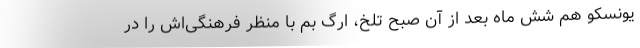
یونسکو هم شش ماه بعد از آن صبح تلخ، ارگ بم با منظر فرهنگی‌اش را در